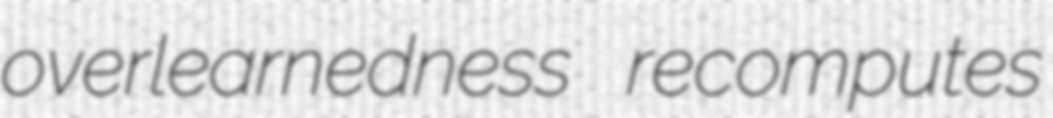
overlearnedness recomputes